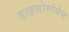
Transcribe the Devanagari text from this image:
डाइजोमोथेन